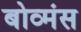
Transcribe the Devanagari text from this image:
बोव्मंस